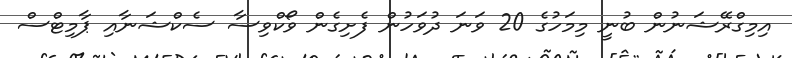
އިމިގްރޭޝަނުން ބުނީ މިމަހުގެ 20 ވަނަ ދުވަހުން ފެށިގެން ވޯކްވިސާ ސެކްޝަނާއި ޕާމިޓްސް